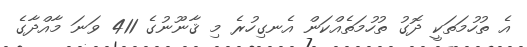
އެ ތުހުމަތަކީ ދޮގު ތުހުމަތެއްކަން އެނގިހުރެ މި ޤާނޫނުގެ 411 ވަނަ މާއްދާގެ